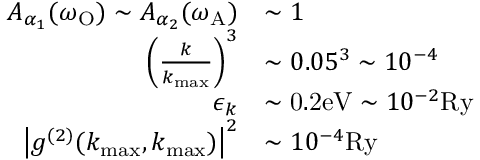
\begin{array} { r l } { A _ { \alpha _ { 1 } } ( \omega _ { \mathrm { O } } ) \sim A _ { \alpha _ { 2 } } ( \omega _ { \mathrm { A } } ) } & { \sim 1 } \\ { \left( \frac { k } { k _ { \operatorname* { m a x } } } \right) ^ { 3 } } & { \sim 0 . 0 5 ^ { 3 } \sim 1 0 ^ { - 4 } } \\ { \epsilon _ { k } } & { \sim \mathrm { 0 . 2 e V } \sim 1 0 ^ { - 2 } \mathrm { R y } } \\ { \big | g ^ { ( 2 ) } ( k _ { \operatorname* { m a x } } , k _ { \operatorname* { m a x } } ) \big | ^ { 2 } } & { \sim 1 0 ^ { - 4 } \mathrm { R y } } \end{array}